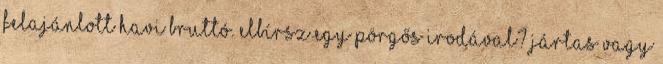
Felajánlott havi bruttó. Elbírsz egy pörgős irodával? Jártas vagy